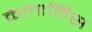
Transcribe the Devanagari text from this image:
केलामिस